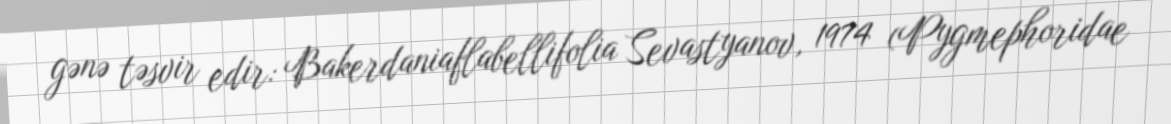
gənə təsvir edir: Bakerdaniaflabellifolia Sevastyanov, 1974 (Pygmephoridae